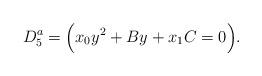
LaTeX: \begin{align*}D_5^a=\Bigl( x_0y^2+B y+x_1C =0\Bigr).\end{align*}